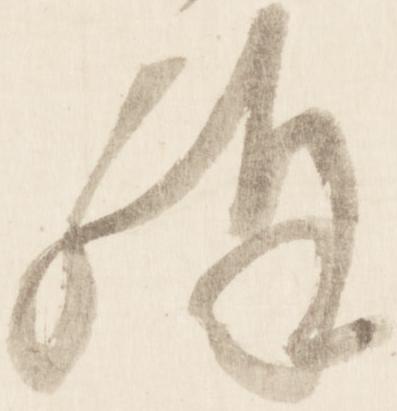
構